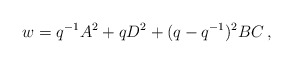
\begin{align*}w=q^{-1}A^2 +qD^2 +(q-q^{-1})^2 BC\,,\end{align*}